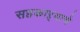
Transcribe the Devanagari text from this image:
सहकाऱ्याचे